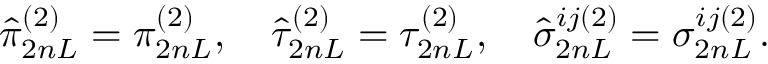
\hat { \pi } _ { 2 n L } ^ { ( 2 ) } = \pi _ { 2 n L } ^ { ( 2 ) } , \quad \hat { \tau } _ { 2 n L } ^ { ( 2 ) } = \tau _ { 2 n L } ^ { ( 2 ) } , \quad \hat { \sigma } _ { 2 n L } ^ { i j ( 2 ) } = \sigma _ { 2 n L } ^ { i j ( 2 ) } .